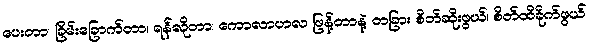
ပေးတာ၊ ခြိမ်းခြောက်တာ၊ ရန်လိုတာ၊ ကောလာဟလ ဖြန့်တာနဲ့ တခြား စိတ်ဆိုးဖွယ်၊ စိတ်ထိခိုက်ဖွယ်